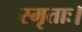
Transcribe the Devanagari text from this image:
स्मृताः।